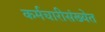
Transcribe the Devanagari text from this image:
कर्मचारीसंख्येत